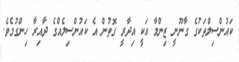
ކައުންސިލްތަކުގެ ގާނޫނީ ޒިންމާ އަކީ އިދާރީ ގޮތުން އެ ކައުންސިލެއްގެ ދާއިރާ ހިންގުމެވެ.